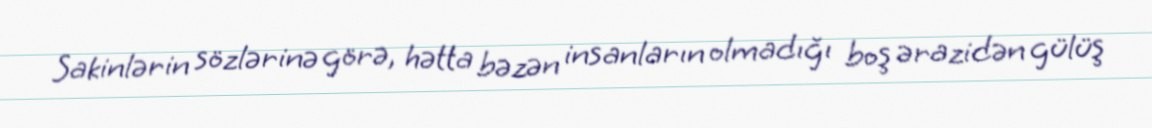
Sakinlərin sözlərinə görə, hətta bəzən insanların olmadığı boş ərazidən gülüş